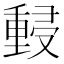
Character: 𰼜